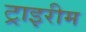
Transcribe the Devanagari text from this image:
ट्राइरीम